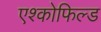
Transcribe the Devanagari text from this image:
एश्कोफिल्ड